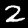
Label: 2